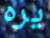
يره